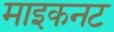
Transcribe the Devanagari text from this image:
माइकनट